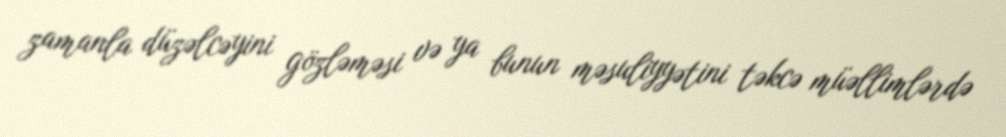
zamanla düzəlcəyini gözləməsi və ya bunun məsuliyyətini təkcə müəllimlərdə